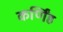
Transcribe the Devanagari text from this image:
कर्णिंह